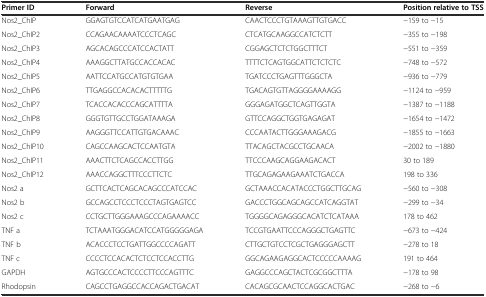
<table><thead><tr><td><b>Primer ID</b></td><td><b>Forward</b></td><td><b>Reverse</b></td><td><b>Position relative to TSS</b></td></tr></thead><tbody><tr><td>Nos2_ChIP</td><td>GGAGTGTCCATCATGAATGAG</td><td>CAACTCCCTGTAAAGTTGTGACC</td><td>−159 to −15</td></tr><tr><td>Nos2_ChIP2</td><td>CCAGAACAAAATCCCTCAGC</td><td>CTCATGCAAGGCCATCTCTT</td><td>−355 to −198</td></tr><tr><td>Nos2_ChIP3</td><td>AGCACAGCCCATCCACTATT</td><td>CGGAGCTCTCTGGCTTTCT</td><td>−551 to −359</td></tr><tr><td>Nos2_ChIP4</td><td>AAAGGCTTATGCCACCACAC</td><td>TTTTCTCAGTGGCATTCTCTCTC</td><td>−748 to −572</td></tr><tr><td>Nos2_ChIP5</td><td>AATTCCATGCCATGTGTGAA</td><td>TGATCCCTGAGTTTGGGCTA</td><td>−936 to −779</td></tr><tr><td>Nos2_ChIP6</td><td>TTGAGGCCACACACTTTTTG</td><td>TGACAGTGTTAGGGGAAAAGG</td><td>−1124 to −959</td></tr><tr><td>Nos2_ChIP7</td><td>TCACCACACCCAGCATTTTA</td><td>GGGAGATGGCTCAGTTGGTA</td><td>−1387 to −1188</td></tr><tr><td>Nos2_ChIP8</td><td>GGGTGTTGCCTGGATAAAGA</td><td>GTTCCAGGCTGGTGAGAGAT</td><td>−1654 to −1472</td></tr><tr><td>Nos2_ChIP9</td><td>AAGGGTTCCATTGTGACAAAC</td><td>CCCAATACTTGGGAAAGACG</td><td>−1855 to −1663</td></tr><tr><td>Nos2_ChIP10</td><td>CAGCCAAGCACTCCAATGTA</td><td>TTACAGCTACGCCTGCAACA</td><td>−2002 to −1880</td></tr><tr><td>Nos2_ChIP11</td><td>AAACTTCTCAGCCACCTTGG</td><td>TTCCCAAGCAGGAAGACACT</td><td>30 to 189</td></tr><tr><td>Nos2_ChIP12</td><td>AAACCAGGCTTTCCCTTCTC</td><td>TTGCAGAGAAGAAATCTGACCA</td><td>198 to 336</td></tr><tr><td>Nos2 a</td><td>GCTTCACTCAGCACAGCCCATCCAC</td><td>GCTAAACCACATACCCTGGCTTGCAG</td><td>−560 to −308</td></tr><tr><td>Nos2 b</td><td>GCCAGCCTCCCTCCCTAGTGAGTCC</td><td>GACCCTGGCAGCAGCCATCAGGTAT</td><td>−299 to −34</td></tr><tr><td>Nos2 c</td><td>CCTGCTTGGGAAAGCCCAGAAAACC</td><td>TGGGGCAGAGGGCACATCTCATAAA</td><td>178 to 462</td></tr><tr><td>TNF a</td><td>TCTAAATGGGACATCCATGGGGGAGA</td><td>TCCGTGAATTCCCAGGGCTGAGTTC</td><td>−673 to −424</td></tr><tr><td>TNF b</td><td>ACACCCTCCTGATTGGCCCCAGATT</td><td>CTTGCTGTCCTCGCTGAGGGAGCTT</td><td>−278 to 18</td></tr><tr><td>TNF c</td><td>CCCCTCCACACTCTCCTCCACCTTG</td><td>GGCAGAAGAGGCACTCCCCCAAAAG</td><td>191 to 464</td></tr><tr><td>GAPDH</td><td>AGTGCCCACTCCCCTTCCCAGTTTC</td><td>GAGGCCCAGCTACTCGCGGCTTTA</td><td>−178 to 98</td></tr><tr><td>Rhodopsin</td><td>CAGCCTGAGGCCACCAGACTGACAT</td><td>CACAGCGCAACTCCAGGCACTGAC</td><td>−268 to −6</td></tr></tbody></table>